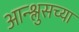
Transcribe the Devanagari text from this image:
आन्श्लुसच्या